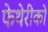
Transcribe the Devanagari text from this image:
फेथेरीको